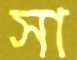
সা